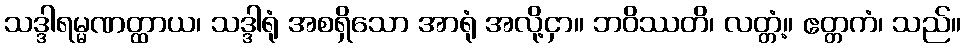
သဒ္ဒါရမ္မဏတ္ထာယ၊ သဒ္ဒါရုံ အစရှိသော အာရုံ အလို့ငှာ။ ဘဝိဿတိ၊ လတ္တံ့။ ဧတ္တကံ၊ သည်။